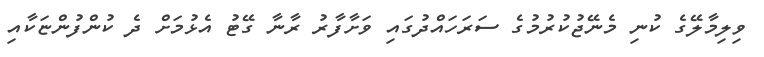
ވިލިމާލޭގެ ކުނި މެނޭޖުކުރުމުގެ ސަރަހައްދުގައި ވަށާފާރު ރާނާ ގޭޓު އެޅުމަށް ދެ ކުންފުންޏަކާއި